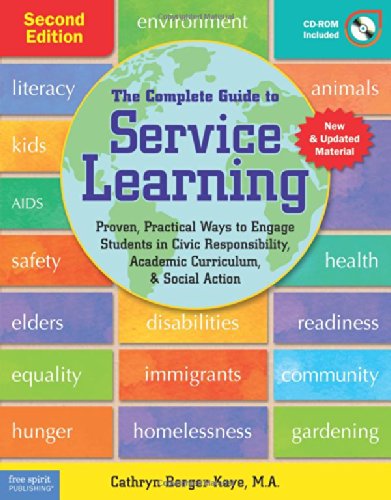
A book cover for The Complete Guide to Service Learning: Proven, Practical Ways to Engage Students in Civic Responsibility, Academic Curriculum, & Social Action; Cathryn Berger Kaye M.A.; Business & Money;